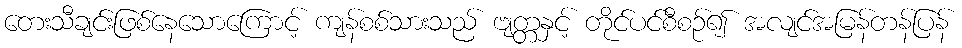
တေးသီချင်းဖြစ်နေသောကြောင့် ကျန်စစ်သားသည် ဗျတ္တနှင့် တိုင်ပင်စီစဉ်၍ အလျင်အမြန်တန်ပြန်